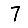
Digit: 7